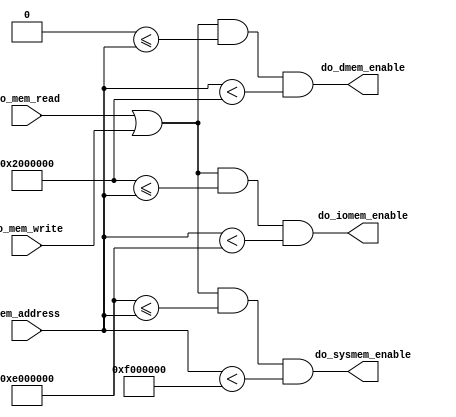
module memctr(
	do_mem_read,
	do_mem_write,
	mem_address,
	do_dmem_enable,
	do_iomem_enable,
	do_sysmem_enable
);
	input  do_mem_read;
	input  do_mem_write;
	input  [31:0] mem_address;
	output do_dmem_enable;
	output do_iomem_enable;
	output do_sysmem_enable;

	wire do_dmem_enable  =(do_mem_read||do_mem_write)&&(32'h0000_0000<=mem_address)&&(mem_address<32'h0200_0000);
	wire do_iomem_enable =(do_mem_read||do_mem_write)&&(32'h0200_0000<=mem_address)&&(mem_address<32'h0E00_0000);
	wire do_sysmem_enable=(do_mem_read||do_mem_write)&&(32'h0E00_0000<=mem_address)&&(mem_address<32'h0F00_0000);
endmodule